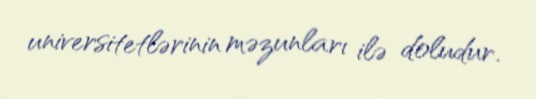
universitetlərinin məzunları ilə doludur.